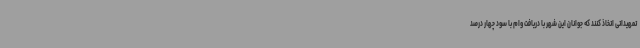
تمهیداتی اتخاذ کنند که جوانان این شهر با دریافت وام با سود چهار درصد